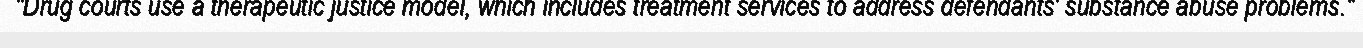
"Drug courts use a therapeutic justice model, which includes treatment services to address defendants' substance abuse problems."